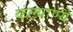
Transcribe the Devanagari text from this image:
कल्याण्यै